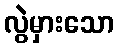
လွဲမှားသော